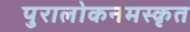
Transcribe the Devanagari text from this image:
पुरालोकनमस्कृत